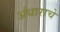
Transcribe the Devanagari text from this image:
अंधाराचे